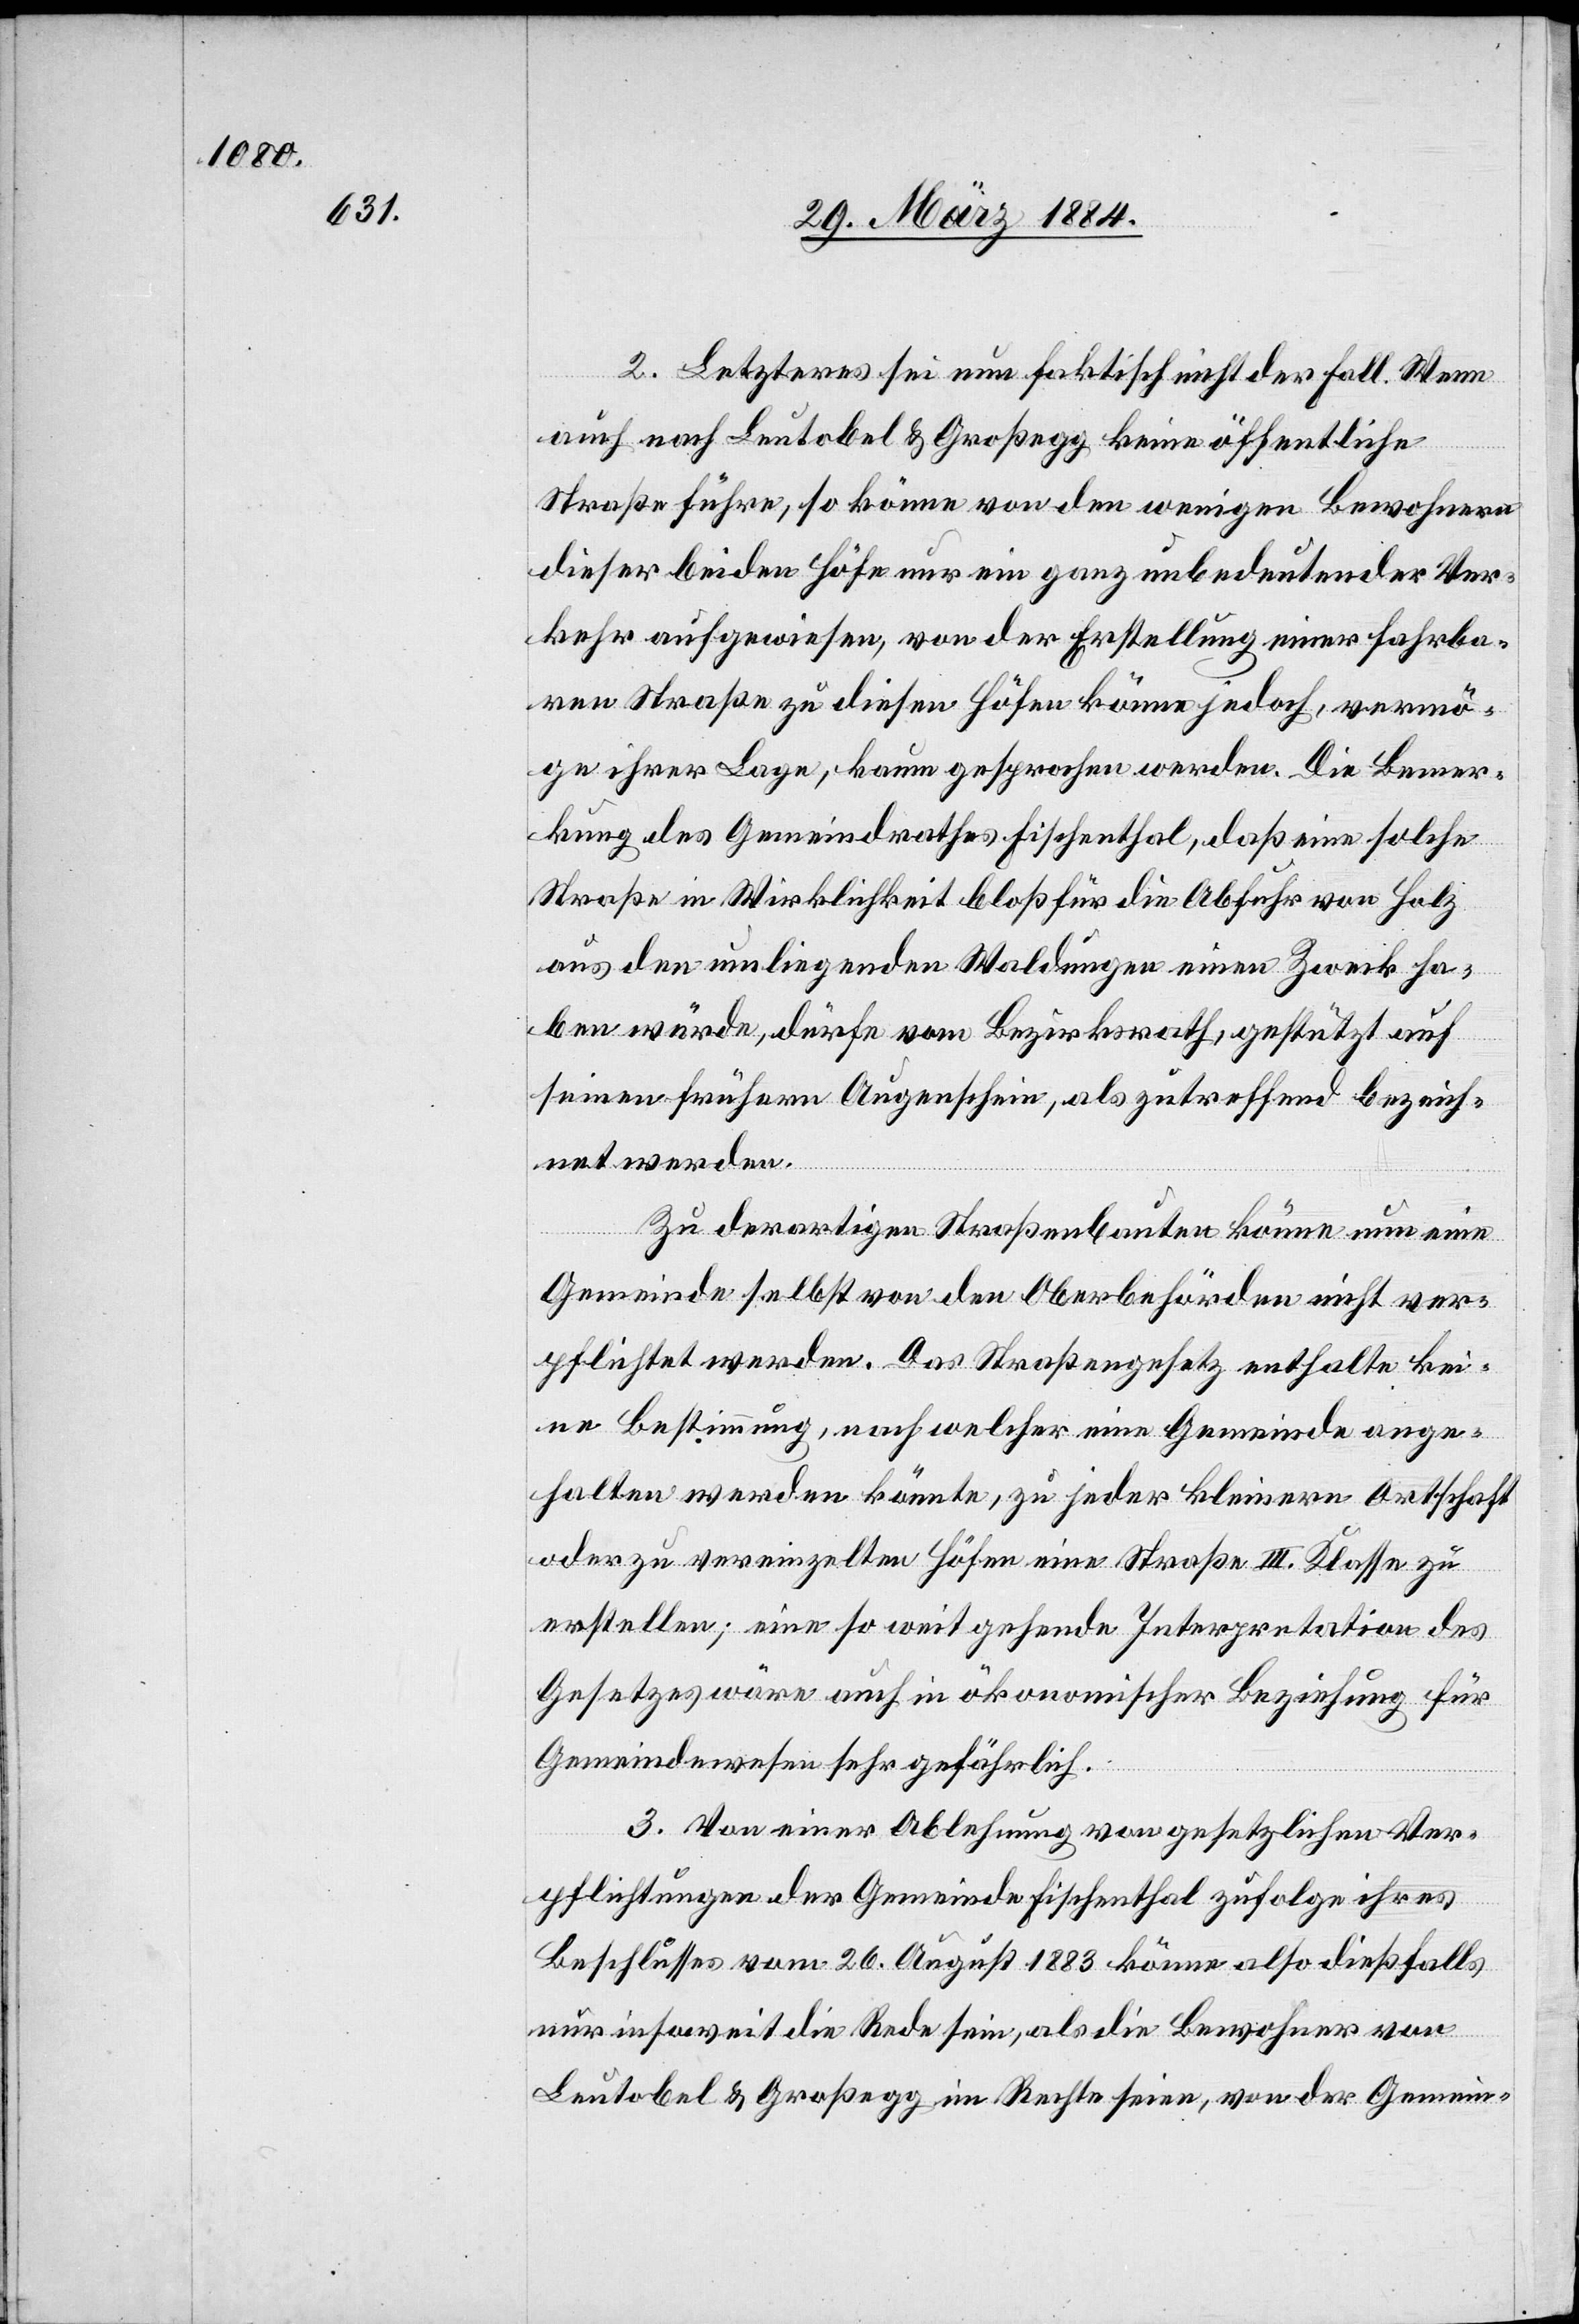
2. Letzteres sei nun faktisch nicht der Fall. Wenn
auch nach Leutobel & Großegg keine öffentliche
Straße führe, so könne von den wenigen Bewohnern
dieser beiden Höfe nur ein ganz unbedeutender Ver¬
kehr aufgewiesen, von der Erstellung einer fahrba¬
ren Straße zu diesen Höfen könne jedoch, vermö¬
gen ihrer Lage, kaum gesprochen werden. Die Bemer¬
kung des Gemeindrathes Fischenthal, daß eine solche
Straße in Wirklichkeit bloß für die Abfuhr von Holz
aus den umliegenden Waldungen einen Zweck ha¬
ben würde, dürfe vom Bezirksrath, gestützt auf
seinen frühern Augenschein, als zutreffend bezeich¬
net werden.
Zu derartigen Straßenbauten könne nun eine
Gemeinde selbst von den Oberbehörden nicht ver¬
pflichtet werden. Das Straßengesetz enthalte kei¬
ne Bestimmung, nach welcher eine Gemeinde ange¬
halten werden könnte, zu jeder kleinern Ortschaft
oder zu vereinzelten Höfen eine Straße III. Klasse zu
erstellen; eine so weitgehende Interpretation des
Gesetzes wäre auch in ökonomischer Beziehung für
Gemeindewesen sehr gefährlich.
3. Von einer Ablehnung von gesetzlichen Ver¬
pflichtungen der Gemeinde Fischenthal zufolge ihres
Beschlusses vom 26. August 1883 könne also dießfalls
nur insoweit die Rede sein, als die Bewohner von
Leutobel & Großegg, im Rechte seien, von der Gemein-